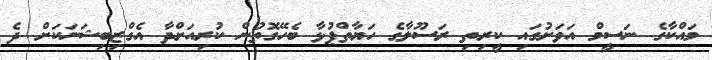
މައްކާގެ ނަސީމް އަވަށުގައި ކީރިތި ރަސޫލާގެ ހަޔާތްޕުޅާ ބެހޭގޮތުން ކުރިއަށްދާ އެގްޒިބިޝަނަކަށް ދެ